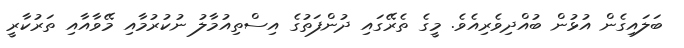
ބަލައިގެން އުޅުން ބުއްދިވެރިއެވެ. މީގެ ތެރޭގައި ދުންފަތުގެ އިސްތިއުމާލު ނުކުރުމާއި މޭވާއާއި ތަރުކާރީ